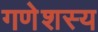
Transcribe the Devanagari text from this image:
गणेशस्य